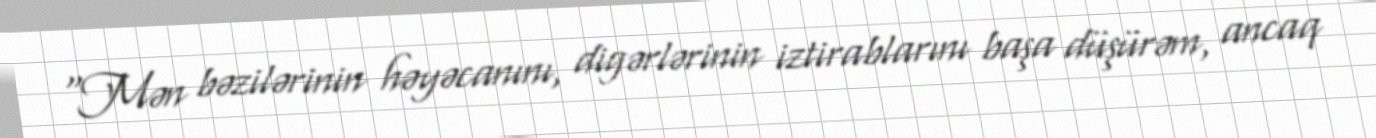
“Mən bəzilərinin həyəcanını, digərlərinin iztirablarını başa düşürəm, ancaq